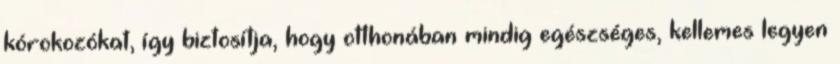
kórokozókat, így biztosítja, hogy otthonában mindig egészséges, kellemes legyen